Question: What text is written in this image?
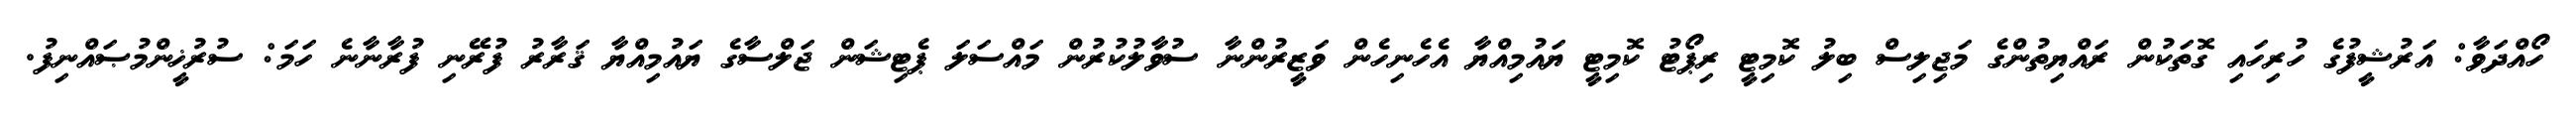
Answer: ހޯއްދަވާ: އަރުޝީފުގެ ހުރިހައި ގޮތަކުން ރައްޔިތުންގެ މަޖިލިސް ބިލު ކޮމިޓީ ރިޕޯޓު ކޮމިޓީ ޔައުމިއްޔާ އެހެނިހެން ވަޒީރުންނާ ސުވާލުކުރުން މައްސަލަ ޕެޓިޝަން ޖަލްސާގެ ޔައުމިއްޔާ ޤަރާރު ފުރޭނި ފުރާނާނެ ހަމަ: ސުރުޚީންމުޞައްނިފު.